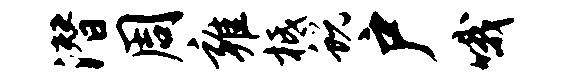
潜周雍柢蜕户哦